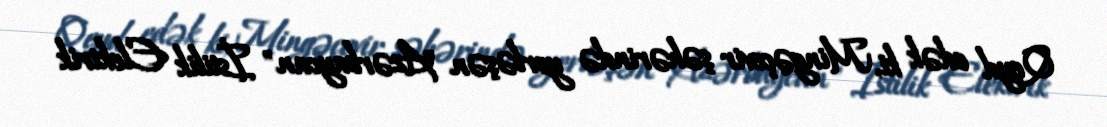
Qeyd edək ki, Mingəçevir şəhərində yerləşən "Azərbaycan" İstilik Elektrik